Vaccination Hyderabad 1872-1889 - 1872-1889
Year: 1872
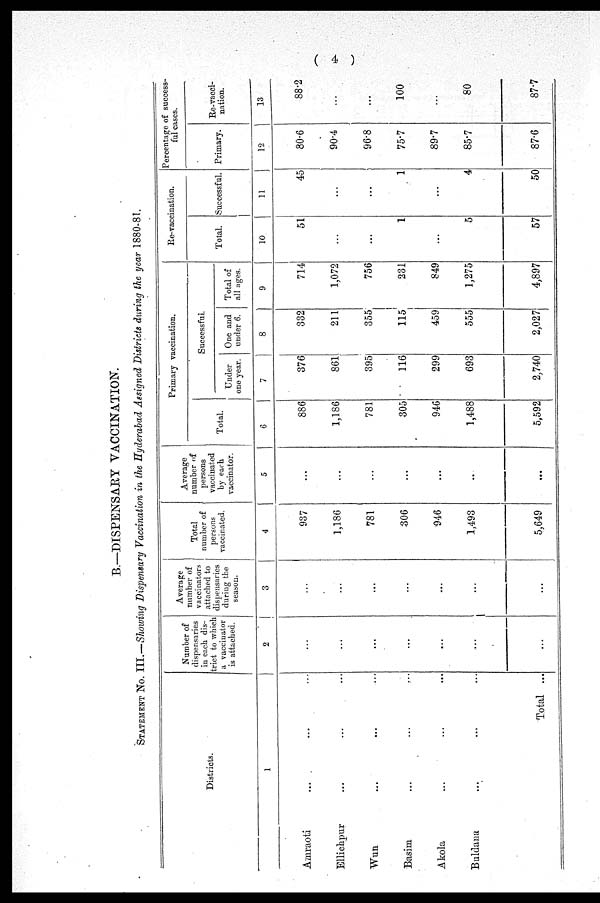
( 4 )
B.—DISPENSARY VACCINATION.
STATEMENT No. III.—Showing Dispensary Vaccination in the Hyderabad Assigned Districts during the year 1880-81.
Districts.
1
Amraoti ... ... ...
Ellichpur ... ... ...
Wun ... ... ...
Basim ... ... ...
Akola ... ... ...
Buldana ... ... ...
Total ...
Number of
dispensaries
in each dis-
trict to which
a vaccinator
is attached.
2
...
...
...
...
...
...
...
Average
number of
vaccinators
attached to
dispensaries
during the
season.
3
...
...
...
...
...
...
...
Total
number of
persons
vaccinated.
4
937
1,186
781
306
946
1,493
5,649
Average
number of
persons
vaccinated
by each
vaccinator.
5
...
...
...
...
...
...
...
Primary vaccination.
Total.
6
886
1,186
781
305
946
1,488
5,592
Successful.
Under
one year.
7
376
861
395
116
299
693
2,740
One and
under 6.
8
332
211
355
115
459
555
2,027
Total of
all ages.
9
714
1,072
756
231
849
1,275
4,897
Re-vaccination.
Total.
10
51
...
...
1
...
5
57
Successful,
11
45
...
...
1
...
4
50
Percentage of success-
ful cases.
Primary.
12
80.6
90.4
96.8
75.7
89.7
85.7
87.6
Re-vacci-
nation.
13
88.2
...
...
100
...
80
87.7